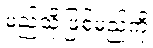
မည်သို့ဖြစ်မည်ကို